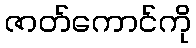
ဇာတ်ကောင်ကို